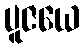
ပူဇယေ